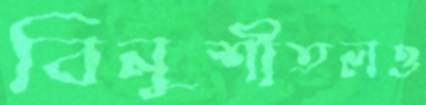
বিনুশীতলও